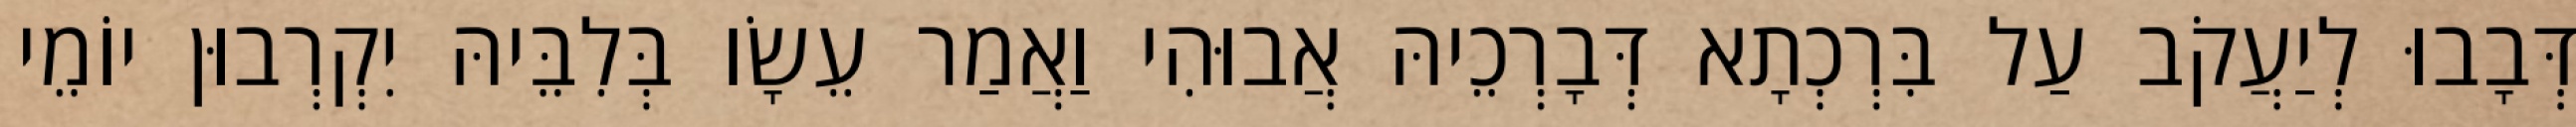
דְּבָבוּ לְיַעֲקֹב עַל בִּרְכְתָא דְּבָרְכֵיהּ אֲבוּהִי וַאֲמַר עֵשָׂו בְּלִבֵּיהּ יִקְרְבוּן יוֹמֵי